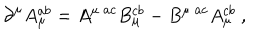
{ \partial } ^ { \mu } A _ { \mu } ^ { a b } = A ^ { \mu ~ a c } B _ { \mu } ^ { c b } - B ^ { \mu ~ a c } A _ { \mu } ^ { c b } ~ ,